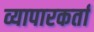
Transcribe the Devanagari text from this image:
व्यापारकर्ता